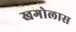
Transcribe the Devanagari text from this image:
खगोलास